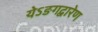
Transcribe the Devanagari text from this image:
येऽङगद्वारेण